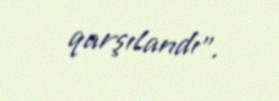
qarşılandı”.